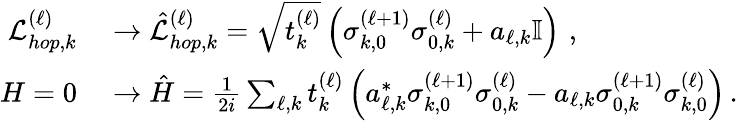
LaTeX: \begin{array}{rl}{\mathcal{L}_{hop,k}^{(\ell)}}&{{}\rightarrow\hat{\mathcal{L}}_{hop,k}^{(\ell)}=\sqrt{t_{k}^{(\ell)}}\left(\sigma_{k,0}^{(\ell+1)}\sigma_{0,k}^{(\ell)}+a_{\ell,k}\mathbb{I}\right)\, \, ,}\\ {H=0}&{{}\rightarrow\hat{H}=\frac{1}{2i}\sum_{\ell,k}t_{k}^{(\ell)}\left(a_{\ell,k}^{*}\sigma_{k,0}^{(\ell+1)}\sigma_{0,k}^{(\ell)}-a_{\ell,k}\sigma_{0,k}^{(\ell+1)}\sigma_{k,0}^{(\ell)}\right)\, .}\end{array}